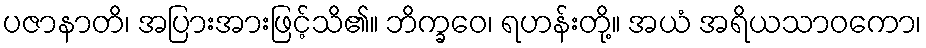
ပဇာနာတိ၊ အပြားအားဖြင့်သိ၏။ ဘိက္ခဝေ၊ ရဟန်းတို့။ အယံ အရိယသာဝကော၊